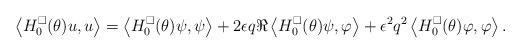
LaTeX: \begin{align*} \left\langle H_0^\square(\theta) u,u \right\rangle = \left\langle H_0^\square(\theta) \psi,\psi \right\rangle + 2 \epsilon q \Re \left\langle H_0^\square(\theta) \psi, \varphi \right\rangle + \epsilon^2 q^2 \left\langle H_0^\square(\theta) \varphi, \varphi \right\rangle.\end{align*}